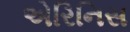
એરિનિસ